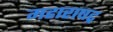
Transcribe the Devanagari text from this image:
महाराषट्र